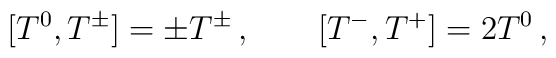
[T^0 ,T^\pm ] =\pm T^\pm\,,\qquad [T^- ,T^+ ]=2T^0\,,\nonumber